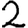
Digit: 2